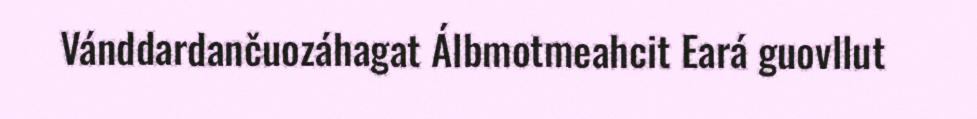
Vánddardančuozáhagat Álbmotmeahcit Eará guovllut